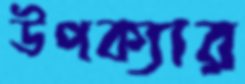
উপক্যার